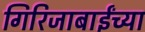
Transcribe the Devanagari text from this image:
गिरिजाबाईंच्या